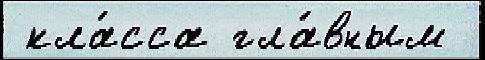
 кла́сса гла́вным